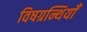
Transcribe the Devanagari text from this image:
विषग्रन्थियाँ